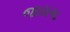
જાયગા